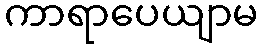
ကာရာပေယျာမ